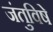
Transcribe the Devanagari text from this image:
जंतुविषे